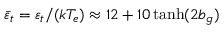
\bar { \varepsilon } _ { t } = \varepsilon _ { t } / ( k T _ { e } ) \approx 1 2 + 1 0 \operatorname { t a n h } ( 2 b _ { g } )